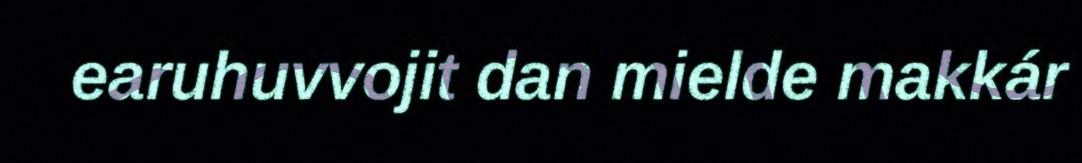
earuhuvvojit dan mielde makkár